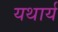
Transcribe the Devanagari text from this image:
यथार्य